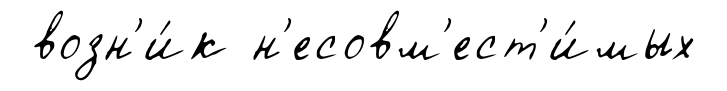
возн'и́к н'есовм'ест'и́мых